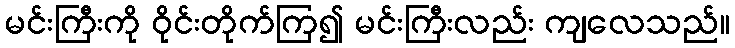
မင်းကြီးကို ဝိုင်းတိုက်ကြ၍ မင်းကြီးလည်း ကျလေသည်။